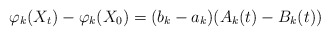
\begin{align*}\varphi_k(X_t)-\varphi_k(X_0)=(b_k-a_k)(A_k(t)-B_k(t))\end{align*}